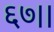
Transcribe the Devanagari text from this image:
६७।।